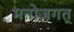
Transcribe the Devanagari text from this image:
मनोजगत्